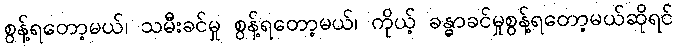
စွန့်ရတော့မယ်၊ သမီးခင်မှု စွန့်ရတော့မယ်၊ ကိုယ့် ခန္ဓာခင်မှုစွန့်ရတော့မယ်ဆိုရင်